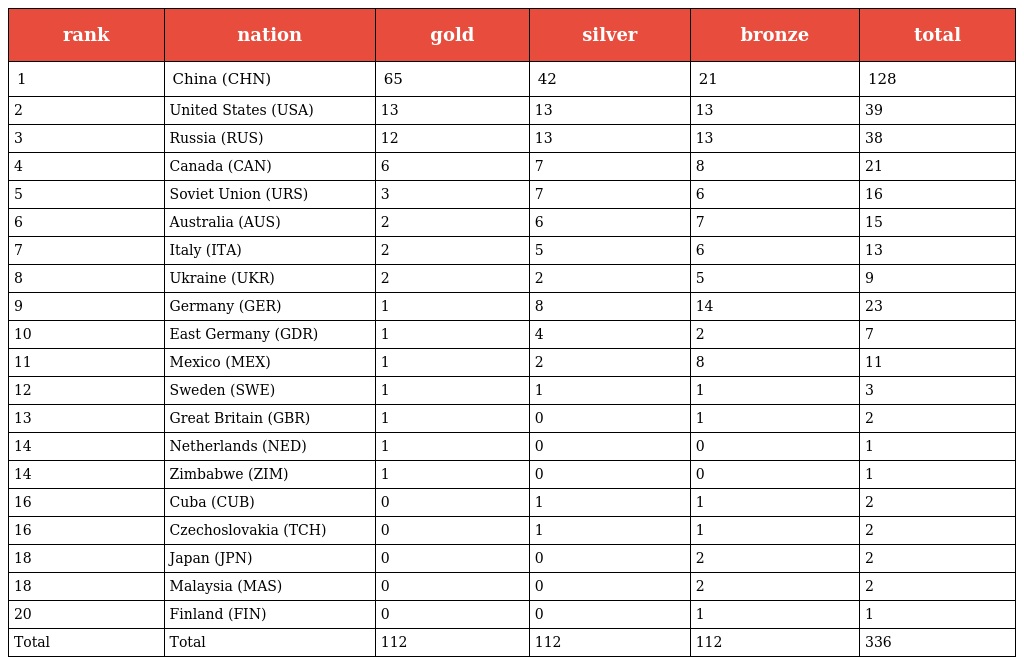
| rank | nation | gold | silver | bronze | total |
 | --- | --- | --- | --- | --- | --- |
 | 1 | China (CHN) | 65 | 42 | 21 | 128 |
 | 2 | United States (USA) | 13 | 13 | 13 | 39 |
 | 3 | Russia (RUS) | 12 | 13 | 13 | 38 |
 | 4 | Canada (CAN) | 6 | 7 | 8 | 21 |
 | 5 | Soviet Union (URS) | 3 | 7 | 6 | 16 |
 | 6 | Australia (AUS) | 2 | 6 | 7 | 15 |
 | 7 | Italy (ITA) | 2 | 5 | 6 | 13 |
 | 8 | Ukraine (UKR) | 2 | 2 | 5 | 9 |
 | 9 | Germany (GER) | 1 | 8 | 14 | 23 |
 | 10 | East Germany (GDR) | 1 | 4 | 2 | 7 |
 | 11 | Mexico (MEX) | 1 | 2 | 8 | 11 |
 | 12 | Sweden (SWE) | 1 | 1 | 1 | 3 |
 | 13 | Great Britain (GBR) | 1 | 0 | 1 | 2 |
 | 14 | Netherlands (NED) | 1 | 0 | 0 | 1 |
 | 14 | Zimbabwe (ZIM) | 1 | 0 | 0 | 1 |
 | 16 | Cuba (CUB) | 0 | 1 | 1 | 2 |
 | 16 | Czechoslovakia (TCH) | 0 | 1 | 1 | 2 |
 | 18 | Japan (JPN) | 0 | 0 | 2 | 2 |
 | 18 | Malaysia (MAS) | 0 | 0 | 2 | 2 |
 | 20 | Finland (FIN) | 0 | 0 | 1 | 1 |
 | Total | Total | 112 | 112 | 112 | 336 |